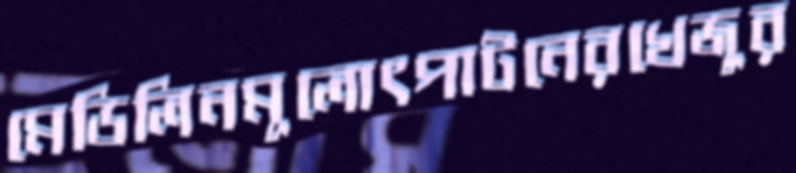
মেডিলিনমূলোৎপাটনেরখেজুর